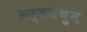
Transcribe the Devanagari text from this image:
हस्‍तमैथुन